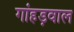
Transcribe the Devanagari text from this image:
गांहड़वाल